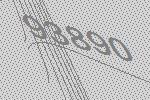
93890